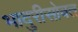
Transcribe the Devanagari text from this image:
भादुरीसोबत